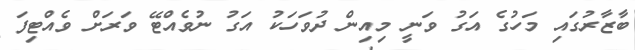
ބާޒާރުގައި މަހުގެ އަގު ވަނީ މިއިން ދުވަހަކު އަގު ނުވެއްޓޭ ވަރަށް ވެއްޓިފަ